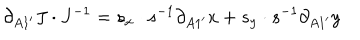
LaTeX: \partial _ { A 1 ^ { \prime } } J \cdot J ^ { - 1 } = s _ { x } \cdot s ^ { - 1 } \partial _ { A 1 ^ { \prime } } x + s _ { y } \cdot s ^ { - 1 } \partial _ { A 1 ^ { \prime } } y